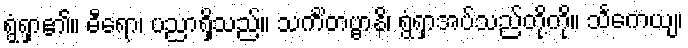
ရွံရှာ၏။ ဓီရော၊ ပညာရှိသည်။ သင်္ကိတဗ္ဗာနိ၊ ရွံရှာအပ်သည်တို့ကို။ သင်္ကေယျ၊